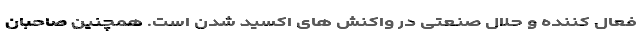
فعال کننده و حلال صنعتی در واکنش های اکسید شدن است. همچنین صاحبان